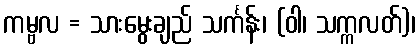
ကမ္ဗလ = သားမွေးချည် သင်္ကန်း၊ (ဝါ၊ သက္ကလတ်)၊